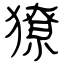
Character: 獠